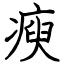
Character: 瘐